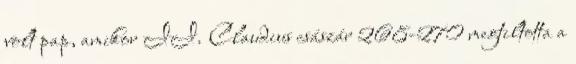
volt pap, amikor II. Claudius császár 268-270 megtiltotta a